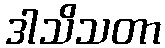
ဒါသိသတာ